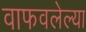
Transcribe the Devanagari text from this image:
वाफवलेल्या